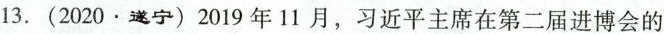
13.(2020·遂宁)2019年11月，习近平主席在第二届进博会的